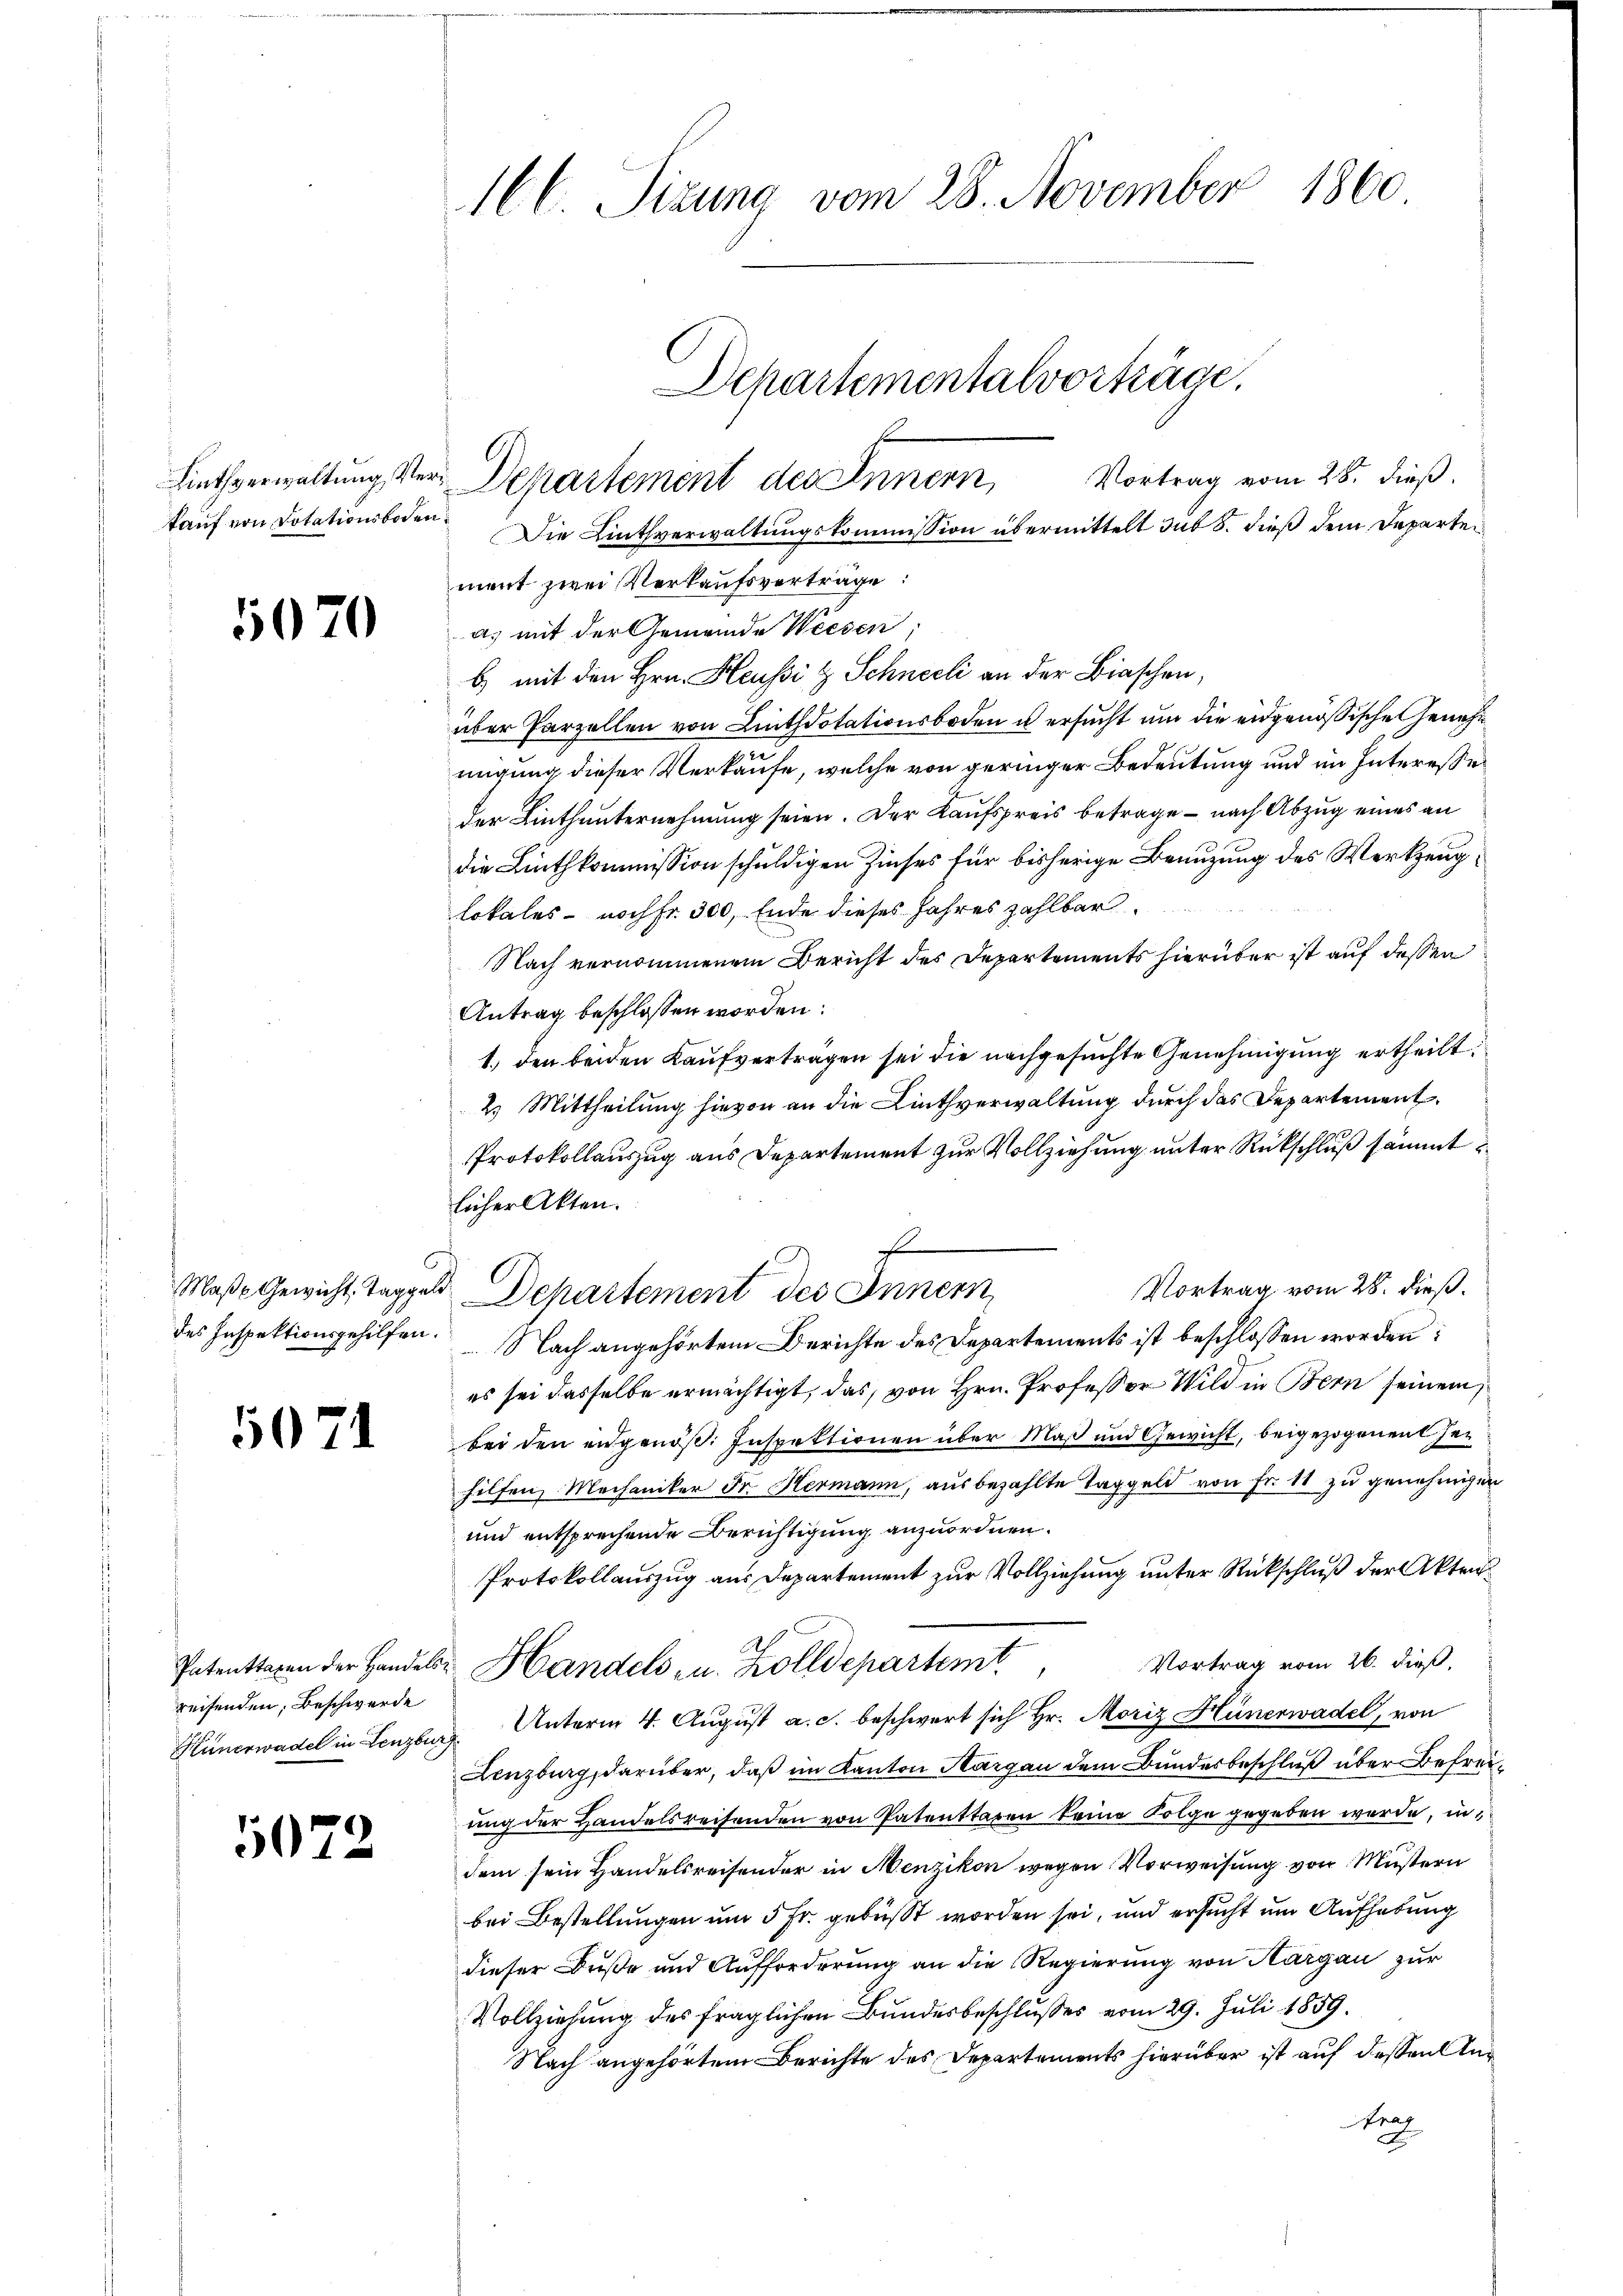
kauf von Dotationsboden.

5070

Maße Gewicht, Taggel
des Inspektionsgehilfen.

5071

Patenttaxen der Handelsreisenden, Beschwerde

5072

166. Sizung vom 28. November 1860
Departementalvorträge.
Vortrag vom 28. dieß.
Liethverwaltung der Departement des Innern,

ment zwei Verkaufsvertrage:
as mit der Gemeinde Weesen;
b) mit den Hrn. Heussi & Schneeli an der Biaschen,
über Parzellen von Linthdotationsboden u ersucht und die eidgenössische Genehm
migung dieser Verkaufe, welche von geringer Bedeutung und im Interesse
der Linthunternehmung seien. Der Kaufspreis betrage – nach Abzug eines an
die Linthkommission schuldigen Zinses für bisherige Benuzung des Werkzeuglokales- noch fr. 300, Ende dieses Jahres zahlbar
Nach vernommenem Bericht des Departements hierüber ist auf dessen
Antrag beschlossen worden:
1.) den beiden Kaufverträgen sei die nachgesuchte Genehmigung ertheilt
2.) Mittheilung hievon an die Linthverwaltung durch das Departement
Protokollauszug aus Departement zur Vollziehung unter Rückschluß sämmtlicher Akten.
f
C
Vortrag vom 28. dieß.
2 Departement des Inner
Nach angehörtem Berichte des Departements ist beschlossen worden:
es sei dasselbe ermächtigt, das, von Hrn. Professor Wild in Bern seinem
bei den angenöß. Inspektionen über Maß und Gewicht, beigezogenen Gehilfen, Mechaniker Dr. Hermann, ausbezahlte Taggeld von Fr. 11 zu genehmigen
und entsprechende Berichtigung anzuordnen.
Protokollauszug aus Departement zur Vollziehung unter Rückschluß der Akten¬
Vortrag vom 26. dieß,
 Handels- u. Kolldepartemt
Hünerwadel in Lenzburg. Unterm 4. Aŭgŭst a. c. beschwert sich Hr. Moriz Hünerwadel, von
Lenzburg, darüber, daß im Kanton Margau dem Bundesbeschluß über Befreiung der Handelsreisenden von Patenttaren keine Folge gegeben werde, indem sein Handelsreisender in Menzikon wegen Vorweisung von Mustern
bei Bestellungen um 5 Fr. gebüßt worden sei, und ersucht um Aufhebung
dieser Buße und Aufforderung an die Regierung von Aargau zur
Vollziehung des fraglichen Bundesbeschlusses vom 29. Juli 1859.
Nach angehörtem Berichte des Departements hierüber ist auf dessen An¬
Rech

Die Linthverwaltungskommission übermittelt sub S. dieß dem Departei